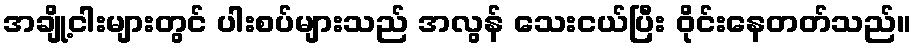
အချို့ငါးများတွင် ပါးစပ်များသည် အလွန် သေးငယ်ပြီး ဝိုင်းနေတတ်သည်။